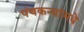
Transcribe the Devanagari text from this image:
पंचकन्यांमधे